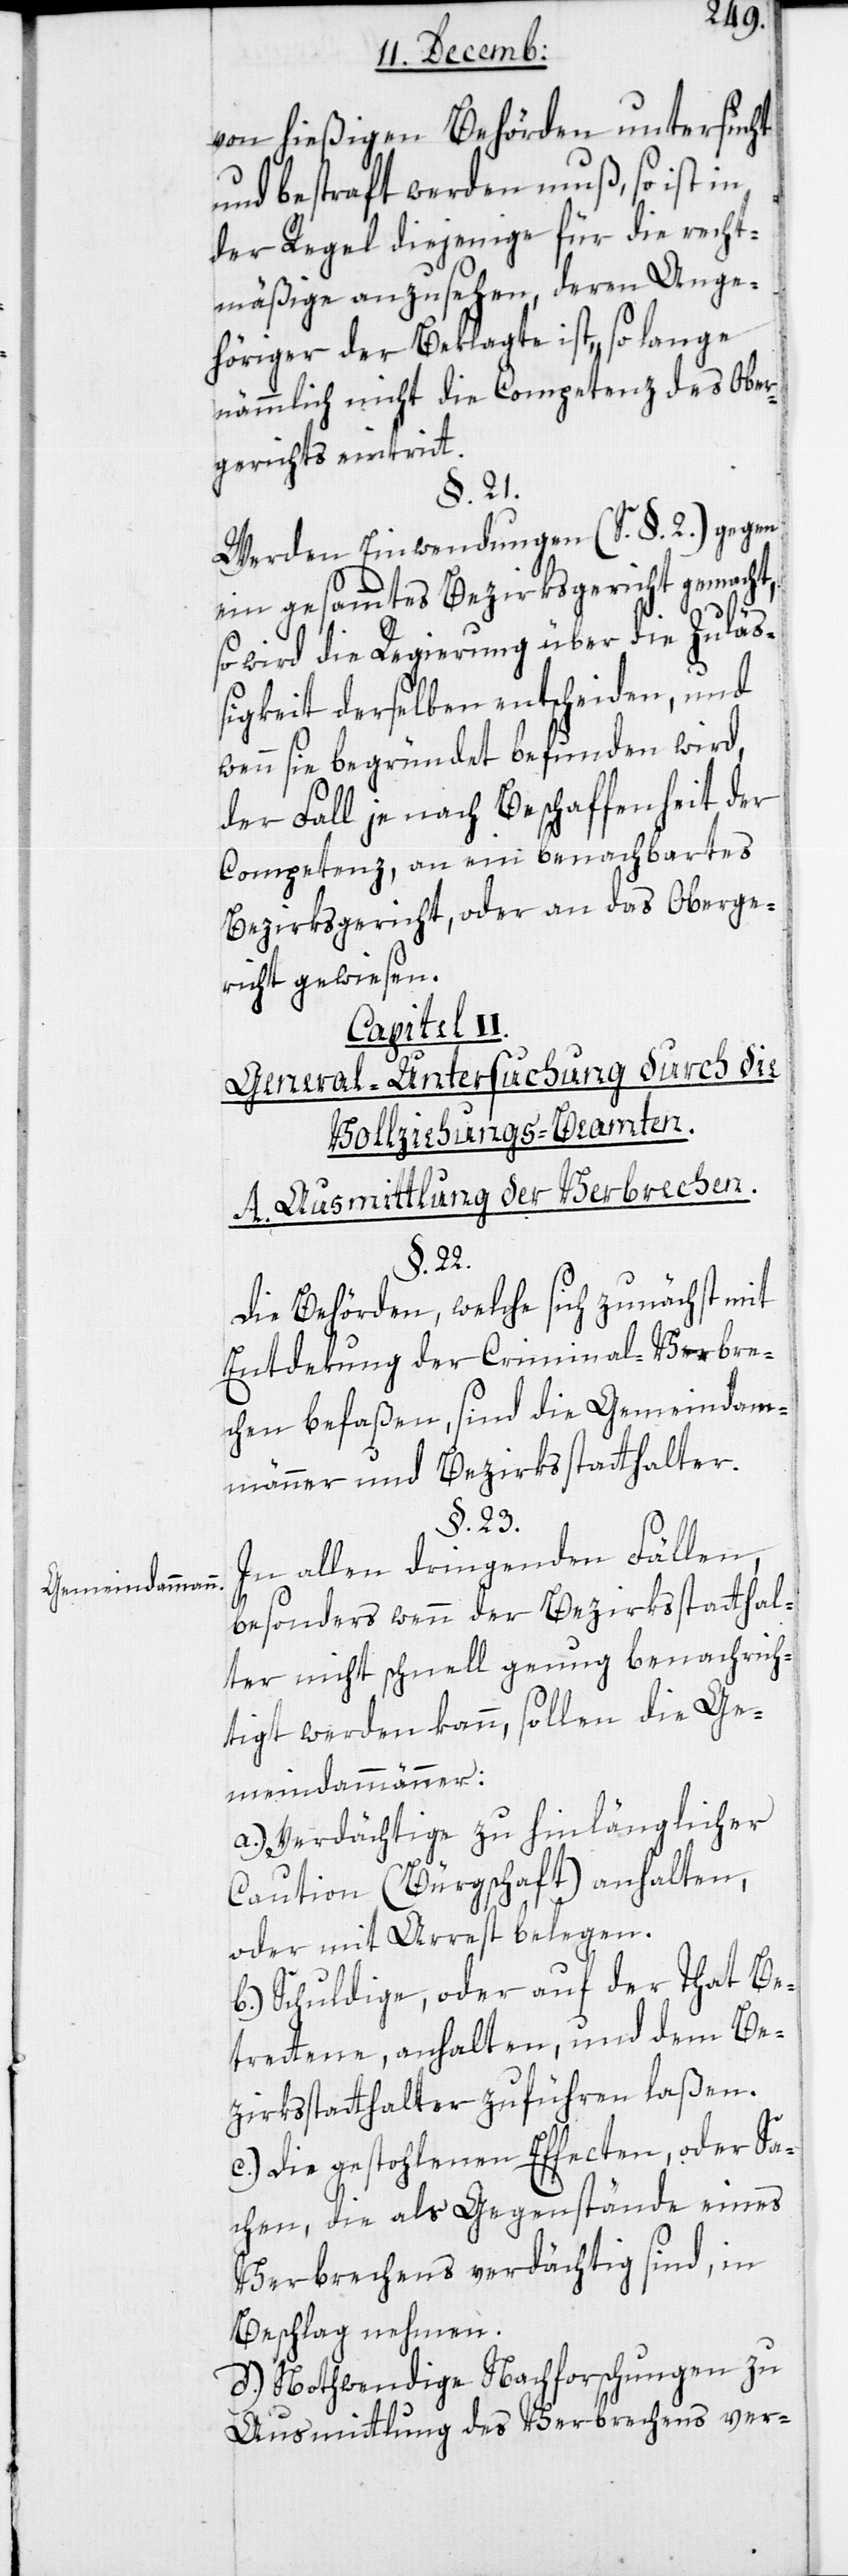
Gemeindammann.

von hießigen Behörden untersucht
und bestraft werden muß, so ist in
der Regel diejenige für die Recht¬
mäßige anzusehen, deren Ange¬
höriger der Beklagte ist, so lange
nämmlich nicht die Competenz des Ober¬
gerichts eintritt.
§. 21.
Werden Einwendungen (S. §. 2) gegen
ein gesamtes Bezirksgericht gemacht,
so wird die Regierung über die Zuläs¬
sigkeit derselben entscheiden, und
wenn sie begründet befunden wird,
der Fall je nach Beschaffenheit der
Competenz, an ein benachbartes
Bezirksgericht oder an das Oberge¬
richt gewiesen.
Capitel II.
General-Untersuchung durch die
Vollziehungs-Beamten.
A. Ausmittlung der Verbrechen
§. 22.
Die Behörden, welche sich zunächst mit
Entdekung der Criminal-Verbre¬
chen befaßen, sind die Gemeindam¬
männer und Bezirksstatthalter.
§. 23.
In allen dringenden Fällen,
besonders wenn der Bezirksstatthal¬
ter nicht schnell genug benachrich¬
tigt werden kann, sollen die Ge¬
meindammänner:
a.) Verdächtige zu hinlänglicher
Caution (Bürgschaft) anhalten
oder mit Arrest belegen.
b.) Schuldige oder auf der That Be¬
trettene, anhalten, und dem Be¬
zirksstatthalter zuführen laßen.
c.) Die gestohlenen Effecten, oder Sa¬
chen, die als Gegenstände eines
Verbrechens verdächtig sind, in
Beschlag nehmen.
d.) Nothwendige Nachforschungen zu
Ausmittlung des Verbrechens ver-